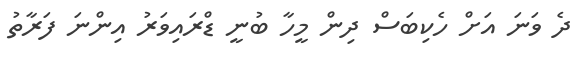
ދެ ވަނަ އަށް ހެކިބަސް ދިން މީހާ ބުނީ ޑްރައިވަރު އިންނަ ފަރާތު